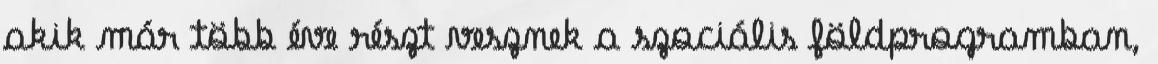
akik már több éve részt vesznek a szociális földprogramban,